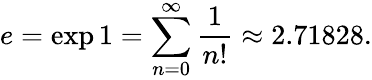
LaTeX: e=\exp 1=\sum_{n=0}^{\infty}{\frac{1}{n!}}\approx 2.71828.